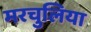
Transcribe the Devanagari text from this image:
मरचुलिया